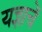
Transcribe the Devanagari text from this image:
यज्ञाचें